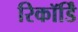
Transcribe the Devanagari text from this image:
रिकॉर्डिं